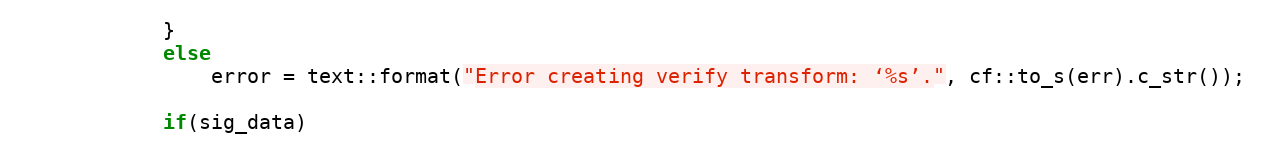
Language: C++
			}
			else
				error = text::format("Error creating verify transform: ‘%s’.", cf::to_s(err).c_str());

			if(sig_data)